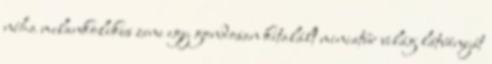
néha melankolikus zene egy gondosan kitalált miniatűr világ látványát